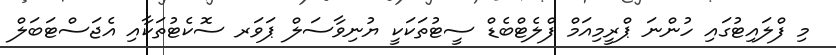
މި ފްލައިޓުގައި ހުންނަ ޕްރީމިއަމް ފްލެޓްބެޑް ސީޓުތަކަކީ ޔުނިވާސަލް ޕަވަރ ސޮކެޓުތަކާއި އެޖަސްޓަބަލް